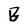
Character: B